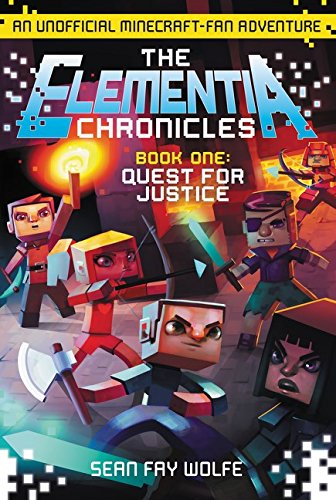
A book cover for The Elementia Chronicles #1: Quest for Justice: An Unofficial Minecraft-Fan Adventure; Sean Fay Wolfe; Children's Books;